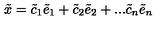
\tilde { x } = \tilde { c } _ { 1 } \tilde { e } _ { 1 } + \tilde { c } _ { 2 } \tilde { e } _ { 2 } + . . . \tilde { c } _ { n } \tilde { e } _ { n }